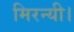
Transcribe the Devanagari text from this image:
मिरन्यी।